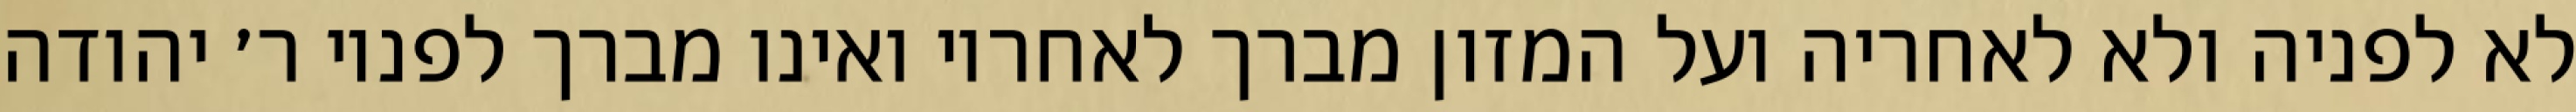
לא לפניה ולא לאחריה ועל המזון מברך לאחריו ואינו מברך לפניו ר׳ יהודה